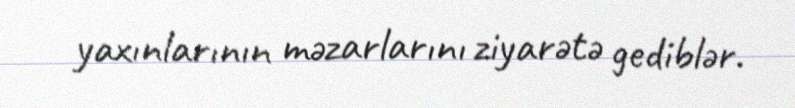
yaxınlarının məzarlarını ziyarətə gediblər.